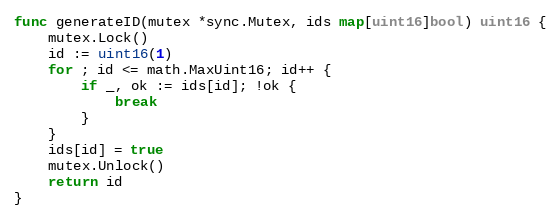
Language: Go
func generateID(mutex *sync.Mutex, ids map[uint16]bool) uint16 {
	mutex.Lock()
	id := uint16(1)
	for ; id <= math.MaxUint16; id++ {
		if _, ok := ids[id]; !ok {
			break
		}
	}
	ids[id] = true
	mutex.Unlock()
	return id
}